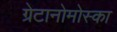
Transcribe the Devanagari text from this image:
ग्रेटानोमोस्का